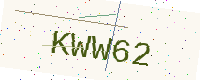
Text: KWW62